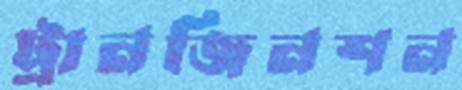
ট্রানজিনশন